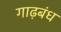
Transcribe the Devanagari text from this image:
गाढ़बंध